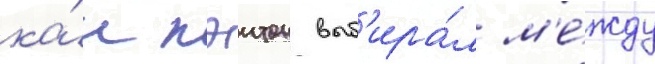
ка́к пэитон выб'ира́л м'е́жду